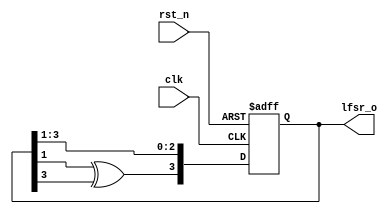
module lfsr #(parameter n = 4, parameter init ='hE)(clk,rst_n,lfsr_o);
    input clk,rst_n;
    output reg [n-1:0] lfsr_o;

    reg [n-1:0] lfsr_next;

    always @(posedge clk,negedge rst_n)
        begin
            if(!rst_n)
                lfsr_o<=init;
            else
                lfsr_o<=lfsr_next;
        end
    
    assign lfsr_next={lfsr_o[1] ^ lfsr_o[3],lfsr_o[n-1:1]};

endmodule